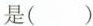
是( )